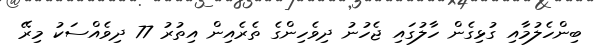
ބިންހެލުމާއި ގުޅިގެން ހާލުގައި ޖެހުނު ދިވެހިންގެ ތެރެއިން އިތުރު 77 ދިވެއްސަކު މިރޭ